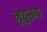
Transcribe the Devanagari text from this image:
मृदुरूप